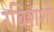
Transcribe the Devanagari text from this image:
रविशशी